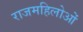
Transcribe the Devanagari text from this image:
राजमहिलोओं